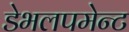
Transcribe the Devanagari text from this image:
डेभलपमेन्ट